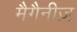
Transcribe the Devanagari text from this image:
मैगैनीज़